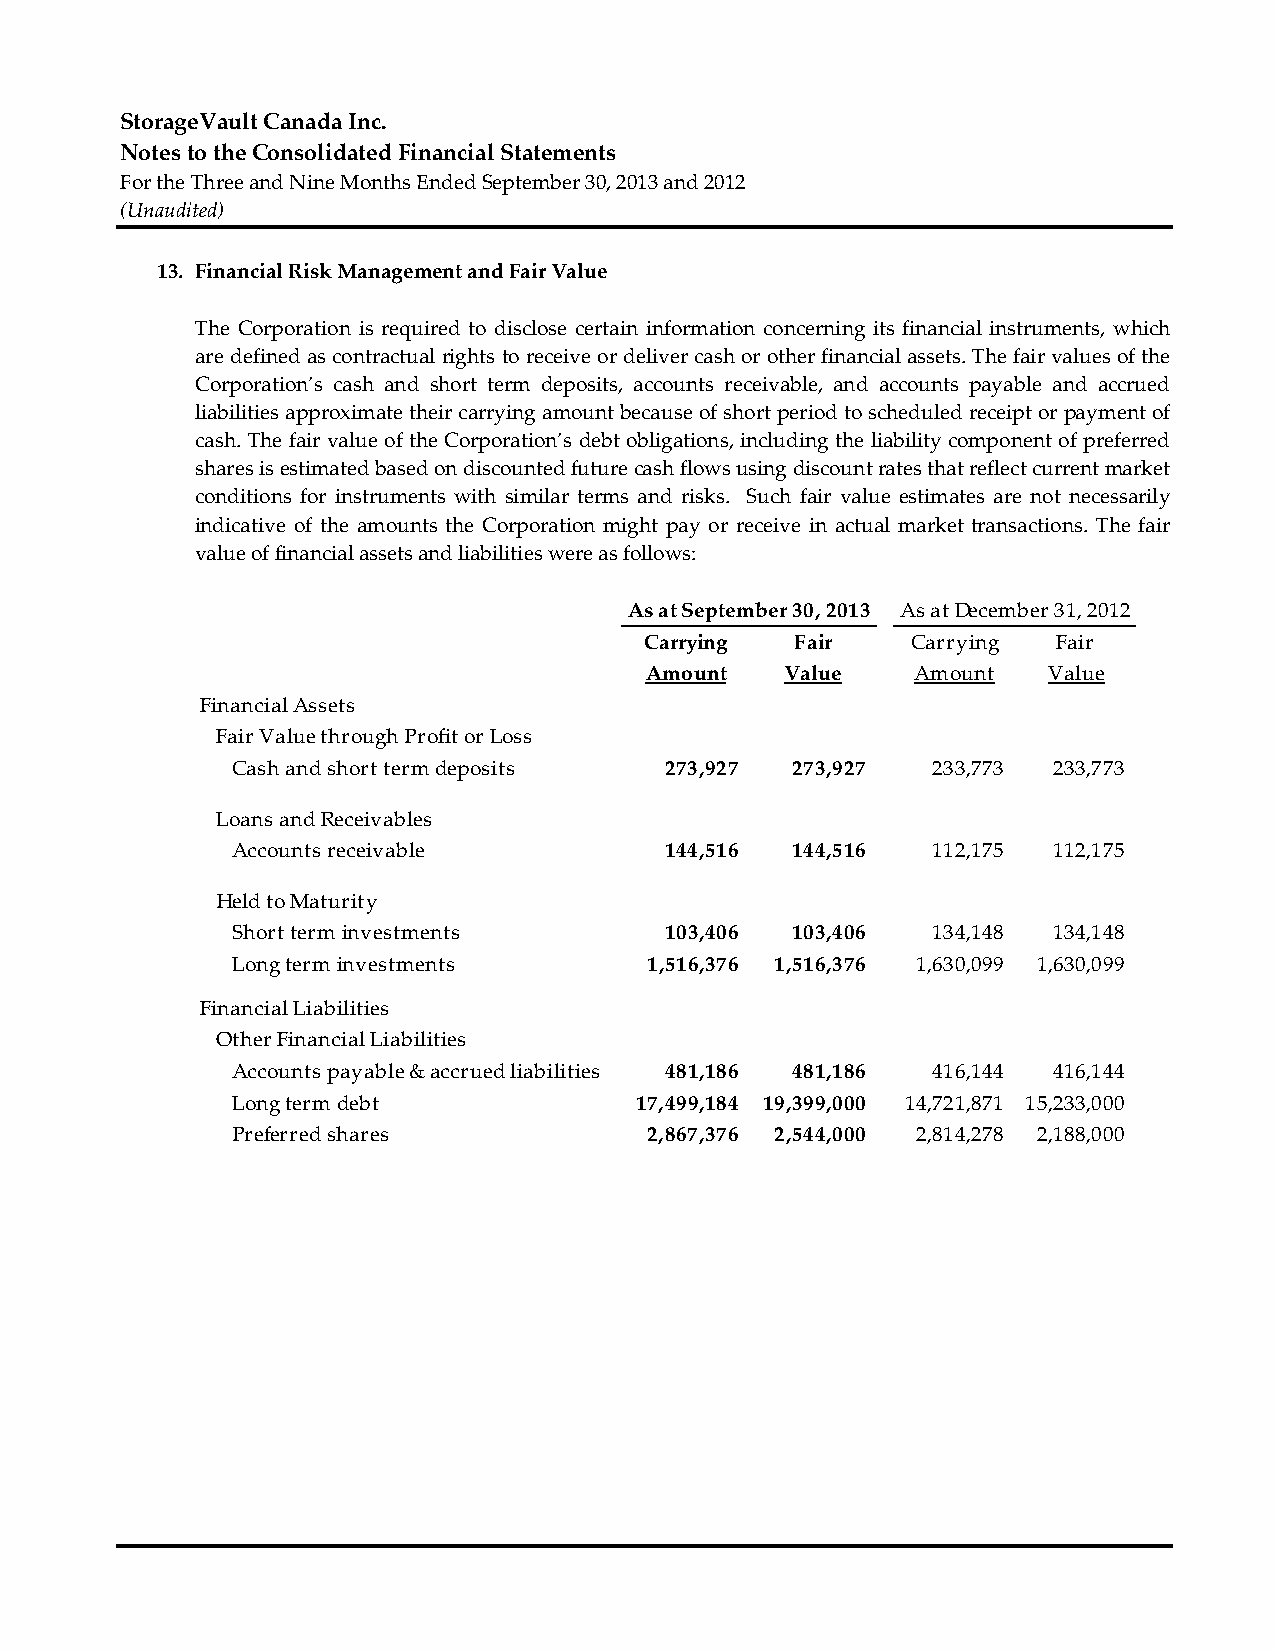
StorageVault Canada Inc.
 Notes to the Consolidated Financial Statements
 For the Three and Nine Months Ended September 30, 2013 and 2012
 (Unaudited)
 13. Financial Risk Management and Fair Value
 The Corporation is required to disclose certain information concerning its financial instruments, which
 are defined as contractual rights to receive or deliver cash or other financial assets. The fair values of the
 Corporation’s cash and short term deposits, accounts receivable, and accounts payable and accrued
 liabilities approximate their carrying amount because of short period to scheduled receipt or payment of
 cash. The fair value of the Corporation’s debt obligations, including the liability component of preferred
 shares is estimated based on discounted future cash flows using discount rates that reflect current market
 conditions for instruments with similar terms and risks. Such fair value estimates are not necessarily
 indicative of the amounts the Corporation might pay or receive in actual market transactions. The fair
 value of financial assets and liabilities were as follows:
 As at September 30, 2013 As at December 31, 2012
 Carrying  Fair   Carrying  Fair
 Amount   Value    Amount  Value
 Financial Assets
 Fair Value through Profit or Loss
 Cash and short term deposits 273,927 273,927   233,773 233,773
 Loans and Receivables
 Accounts receivable          144,516 144,516   112,175 112,175
 Held to Maturity
 Short term investments       103,406 103,406   134,148 134,148
 Long term investments       1 ,516,376 1 ,516,376 1,630,099 1,630,099
 Financial Liabilities
 Other Financial Liabilities
 Accounts payable & accrued liabilities 481,186 481,186 416,144 416,144
 Long term debt             17,499,184 19,399,000 1 4,721,871 1 5,233,000
 Preferred shares            2 ,867,376 2 ,544,000 2,814,278 2,188,000